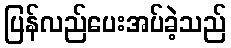
ပြန်လည်ပေးအပ်ခဲ့သည်